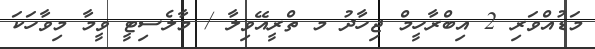
މަޑުއްވަރި 2 އިބްރާހީމް ޖިހާދު މ ތްރީއޭވިލާ / މާލެސިޓީ ވީމާ މިވާހަކަ